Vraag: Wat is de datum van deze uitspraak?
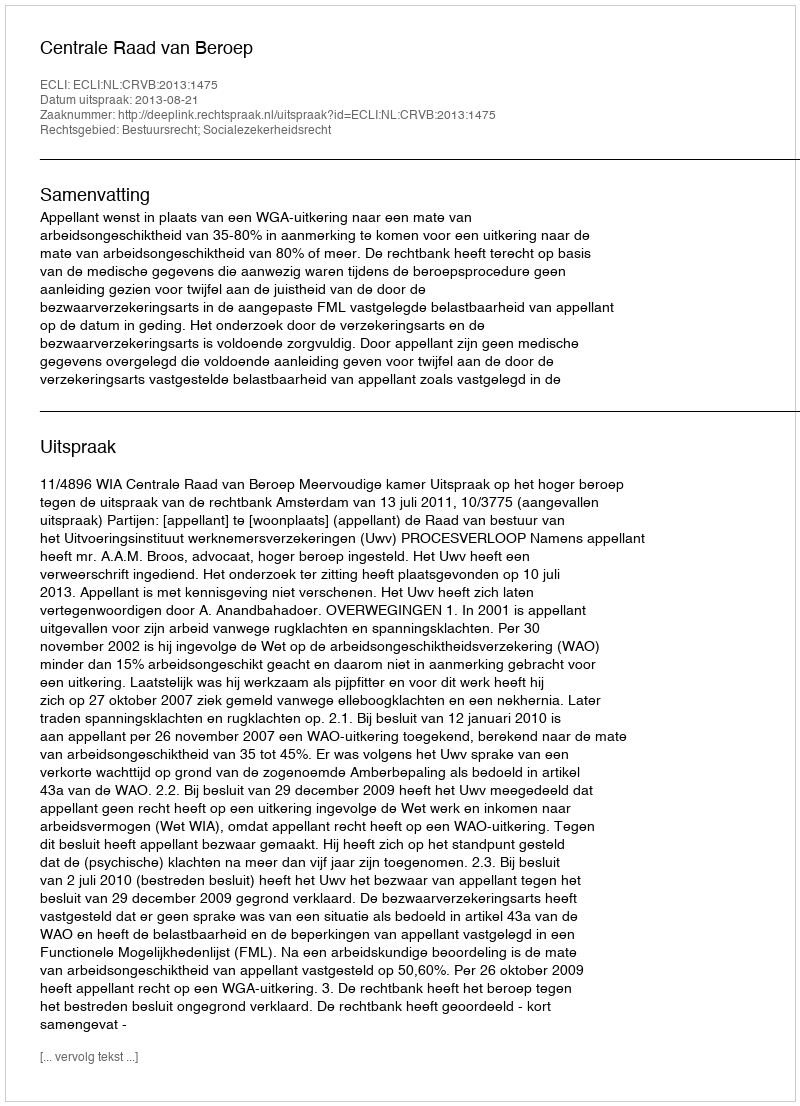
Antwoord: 2013-08-21